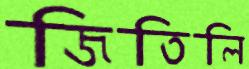
জিতিলি